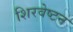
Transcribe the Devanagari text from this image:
शिरवेष्टन